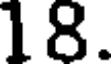
18.